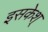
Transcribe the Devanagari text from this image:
इसकेश्